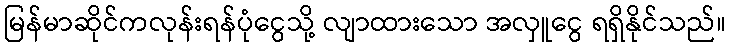
မြန်မာဆိုင်ကလုန်းရန်ပုံငွေသို့ လျာထားသော အလှူငွေ ရရှိနိုင်သည်။